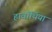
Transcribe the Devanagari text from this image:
हावॉर्थिया